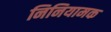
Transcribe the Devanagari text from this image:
निनियामक